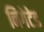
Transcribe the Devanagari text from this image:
निगेटेड